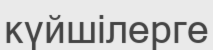
күйшілерге